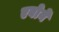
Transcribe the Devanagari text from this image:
एवोर्ने